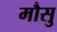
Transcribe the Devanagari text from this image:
मौसु